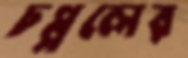
চপ্পলের